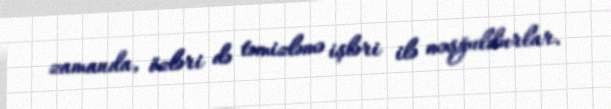
zamanda, özləri də təmizləmə işləri ilə məşğuldurlar.